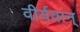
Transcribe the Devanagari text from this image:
वीर्यवान्